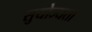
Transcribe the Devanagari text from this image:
सुयोज्यता